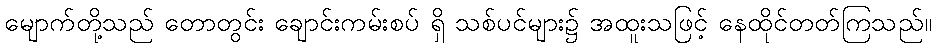
မျောက်တို့သည် တောတွင်း ချောင်းကမ်းစပ် ရှိ သစ်ပင်များ၌ အထူးသဖြင့် နေထိုင်တတ်ကြသည်။